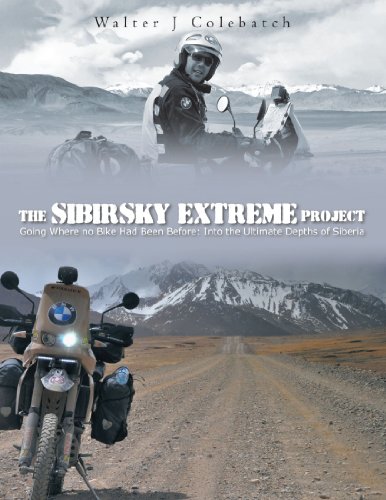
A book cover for The Sibirsky Extreme Project: Going Where No Bike Had Been Before: Into The Ultimate Depths Of Siberia; Walter J. Colebatch; Travel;